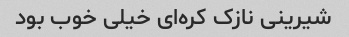
شیرینی نازک کره‌ای خیلی خوب بود